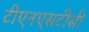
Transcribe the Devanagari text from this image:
टीएनएसटीसी